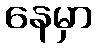
နေမှာ